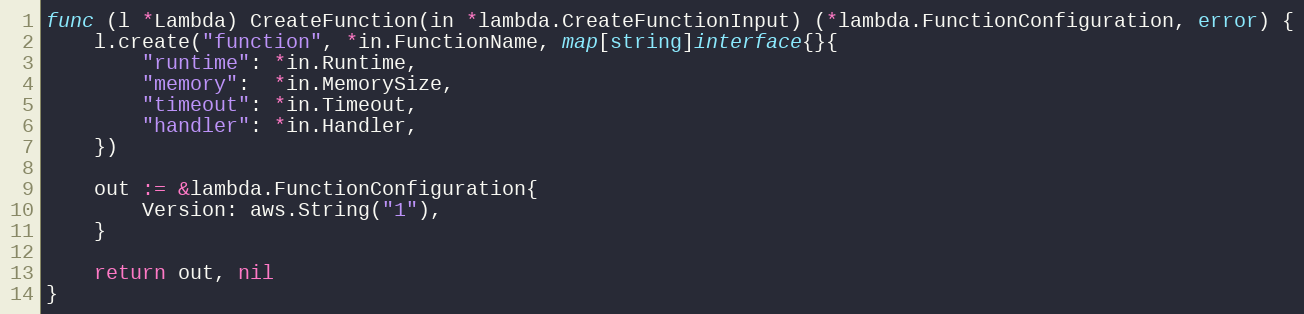
Language: Go
func (l *Lambda) CreateFunction(in *lambda.CreateFunctionInput) (*lambda.FunctionConfiguration, error) {
	l.create("function", *in.FunctionName, map[string]interface{}{
		"runtime": *in.Runtime,
		"memory":  *in.MemorySize,
		"timeout": *in.Timeout,
		"handler": *in.Handler,
	})

	out := &lambda.FunctionConfiguration{
		Version: aws.String("1"),
	}

	return out, nil
}